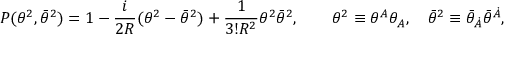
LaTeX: P ( \theta ^ { 2 } , \bar { \theta } ^ { 2 } ) = 1 - { \frac { i } { 2 R } } ( \theta ^ { 2 } - \bar { \theta } ^ { 2 } ) + { \frac { 1 } { 3 ! R ^ { 2 } } } \theta ^ { 2 } \bar { \theta } ^ { 2 } , \qquad \theta ^ { 2 } \equiv \theta ^ { A } \theta _ { A } , \quad \bar { \theta } ^ { 2 } \equiv \bar { \theta } _ { \dot { A } } \bar { \theta } ^ { \dot { A } } ,